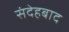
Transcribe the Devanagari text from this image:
संदेहबाद